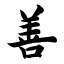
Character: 善